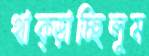
থাক্‌ড়াচ্ছিলুম